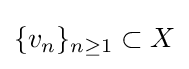
\{v_{n}\}_{n\geq 1}\subset X